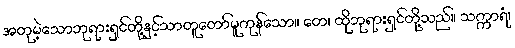
အတုမဲ့သောဘုရားရှင်တို့နှင့်သာတူတော်မူကုန်သော။ တေ၊ ထိုဘုရားရှင်တို့သည်။ သက္ကာရံ၊